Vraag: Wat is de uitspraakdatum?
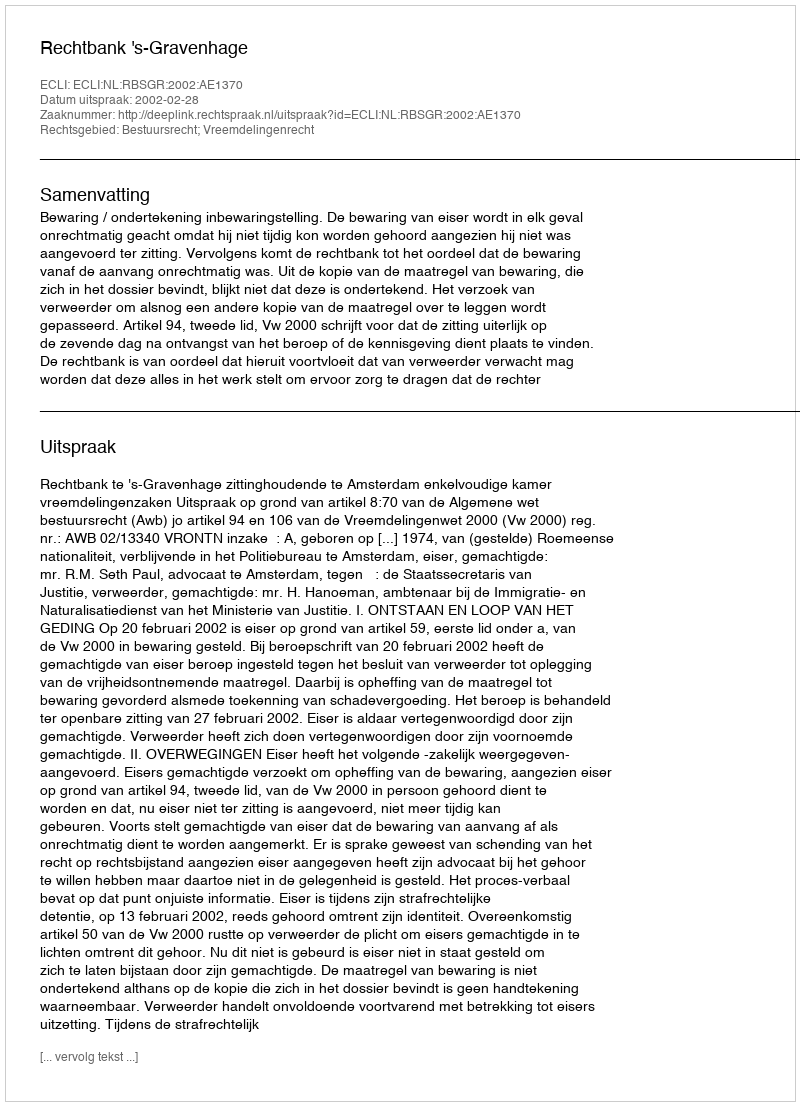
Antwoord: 2002-02-28